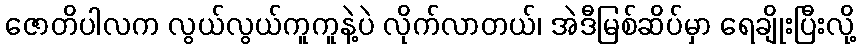
ဇောတိပါလက လွယ်လွယ်ကူကူနဲ့ပဲ လိုက်လာတယ်၊ အဲဒီမြစ်ဆိပ်မှာ ရေချိုးပြီးလို့